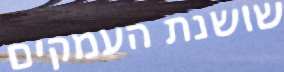
שושנת העמקים